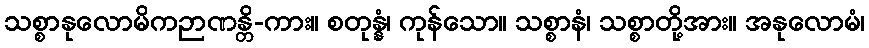
သစ္စာနုလောမိကဉာဏန္တိ-ကား။ စတုန္နံ၊ ကုန်သော။ သစ္စာနံ၊ သစ္စာတို့အား။ အနုလောမံ၊